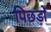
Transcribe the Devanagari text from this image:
पिछड़ोँ